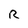
Character: R